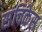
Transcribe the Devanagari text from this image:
संचिकेस